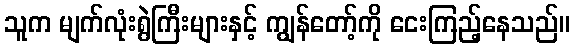
သူက မျက်လုံးရွဲကြီးများနှင့် ကျွန်တော့်ကို ငေးကြည့်နေသည်။